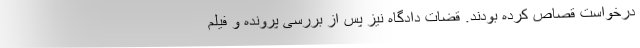
درخواست قصاص کرده بودند. قضات دادگاه نیز پس از بررسی پرونده و فیلم